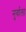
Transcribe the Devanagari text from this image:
नुर्वाला